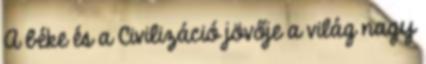
A béke és a Civilizáció jövője a világ nagy